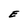
Character: E